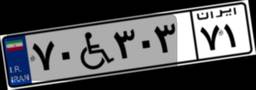
۷۰W۳۰۳۷۱